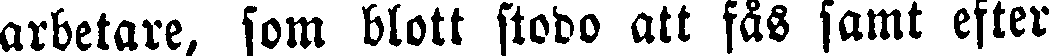
arbetare, som blott stodo att fås samt efter